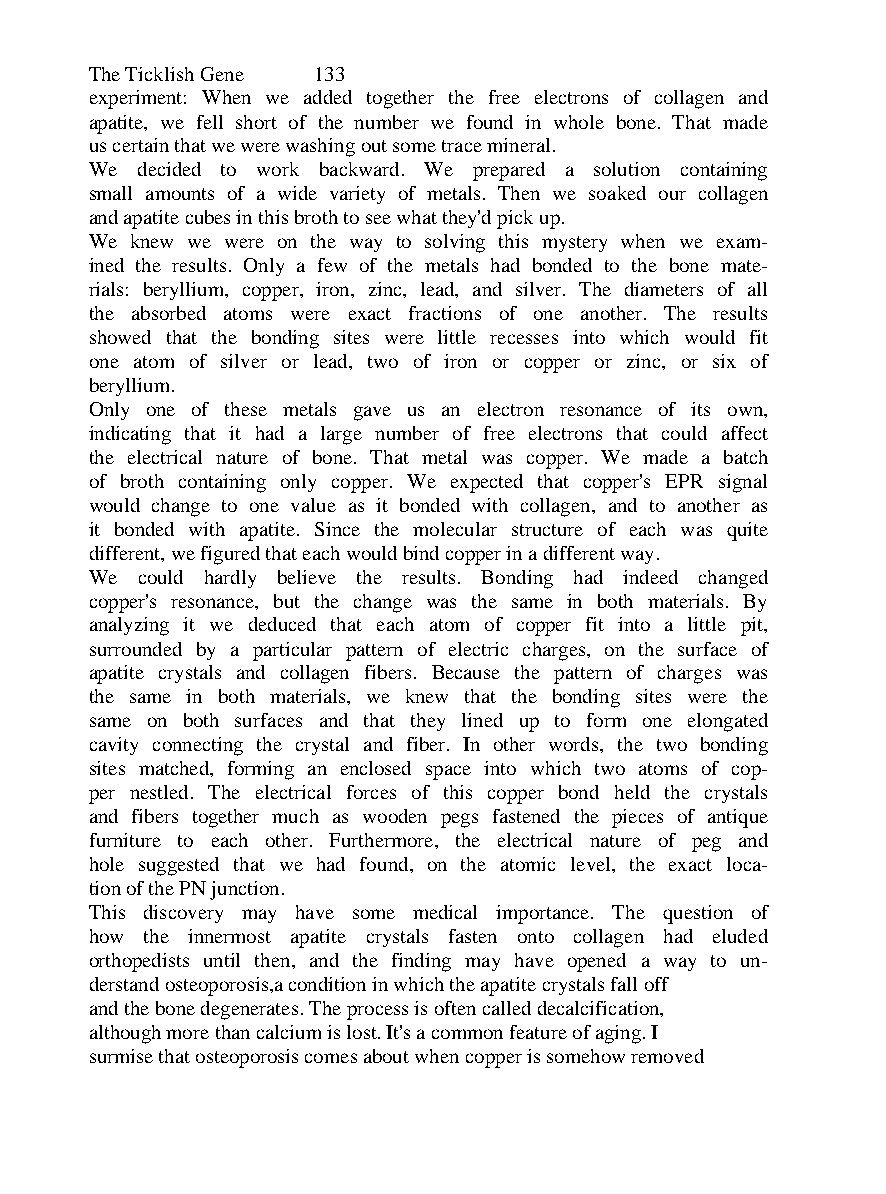
The Ticklish Gene 133
 experiment: When we added together the free electrons of collagen and
 apatite, we fell short of the number we found in whole bone. That made
 us certain that we were washing out some trace mineral.
 We decided to work backward. We prepared a solution containing
 small amounts of a wide variety of metals. Then we soaked our collagen
 and apatite cubes in this broth to see what they'd pick up.
 We knew we were on the way to solving this mystery when we exam-
 ined the results. Only a few of the metals had bonded to the bone mate-
 rials: beryllium, copper, iron, zinc, lead, and silver. The diameters of all
 the absorbed atoms were exact fractions of one another. The results
 showed that the bonding sites were little recesses into which would fit
 one atom of silver or lead, two of iron or copper or zinc, or six of
 beryllium.
 Only one of these metals gave us an electron resonance of its own,
 indicating that it had a large number of free electrons that could affect
 the electrical nature of bone. That metal was copper. We made a batch
 of broth containing only copper. We expected that copper's EPR signal
 would change to one value as it bonded with collagen, and to another as
 it bonded with apatite. Since the molecular structure of each was quite
 different, we figured that each would bind copper in a different way.
 We could hardly believe the results. Bonding had indeed changed
 copper's resonance, but the change was the same in both materials. By
 analyzing it we deduced that each atom of copper fit into a little pit,
 surrounded by a particular pattern of electric charges, on the surface of
 apatite crystals and collagen fibers. Because the pattern of charges was
 the same in both materials, we knew that the bonding sites were the
 same on both surfaces and that they lined up to form one elongated
 cavity connecting the crystal and fiber. In other words, the two bonding
 sites matched, forming an enclosed space into which two atoms of cop-
 per nestled. The electrical forces of this copper bond held the crystals
 and fibers together much as wooden pegs fastened the pieces of antique
 furniture to each other. Furthermore, the electrical nature of peg and
 hole suggested that we had found, on the atomic level, the exact loca-
 tion of the PN junction.
 This discovery may have some medical importance. The question of
 how the innermost apatite crystals fasten onto collagen had eluded
 orthopedists until then, and the finding may have opened a way to un-
 derstand osteoporosis,a condition in which the apatite crystals fall off
 and the bone degenerates. The process is often called decalcification,
 although more than calcium is lost. It's a common feature of aging. I
 surmise that osteoporosis comes about when copper is somehow removed